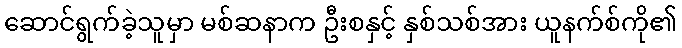
ဆောင်ရွက်ခဲ့သူမှာ မစ်ဆနာက ဦးစနှင့် နှစ်သစ်အား ယူနက်စ်ကို၏